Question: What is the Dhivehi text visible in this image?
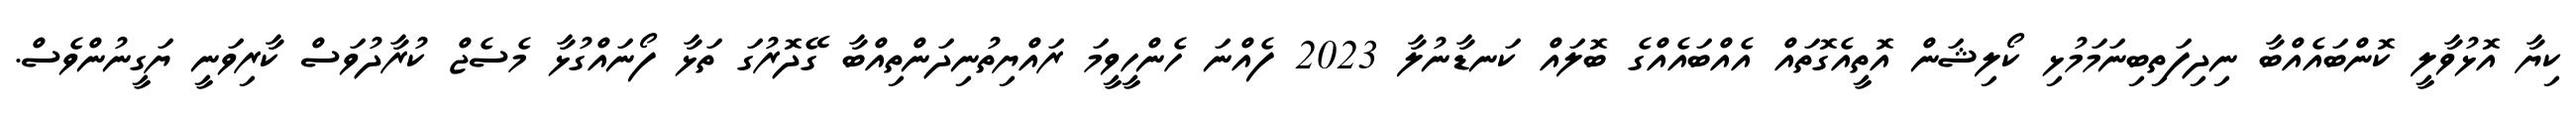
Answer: ކިޔާ އޮޅުވާލީ ކޮންބައެއްބާ ނިދިފަތިބިނަމަމުޅި ކޯލިޝަން އޮތީއެގޮތައް އެއްބައެއްގެ ބޮލައް ކަނޑާނުލާ 2023 ފެއްނަ ހެންހީވީމަ ރައްޔިތުނިދަންތިއްބާ ގޭދޮރުގަ ތަޅާ ފޯނައްގުޅާ މެސެޖް ކުރާދުވަސް ކާރިވަނީ ޔަގީނުންވެސް.